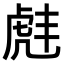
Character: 𫊠